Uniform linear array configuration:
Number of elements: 32
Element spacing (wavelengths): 0.75
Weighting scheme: exponential
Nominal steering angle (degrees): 30
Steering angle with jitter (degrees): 28.598
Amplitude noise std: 0.05
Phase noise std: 0.05

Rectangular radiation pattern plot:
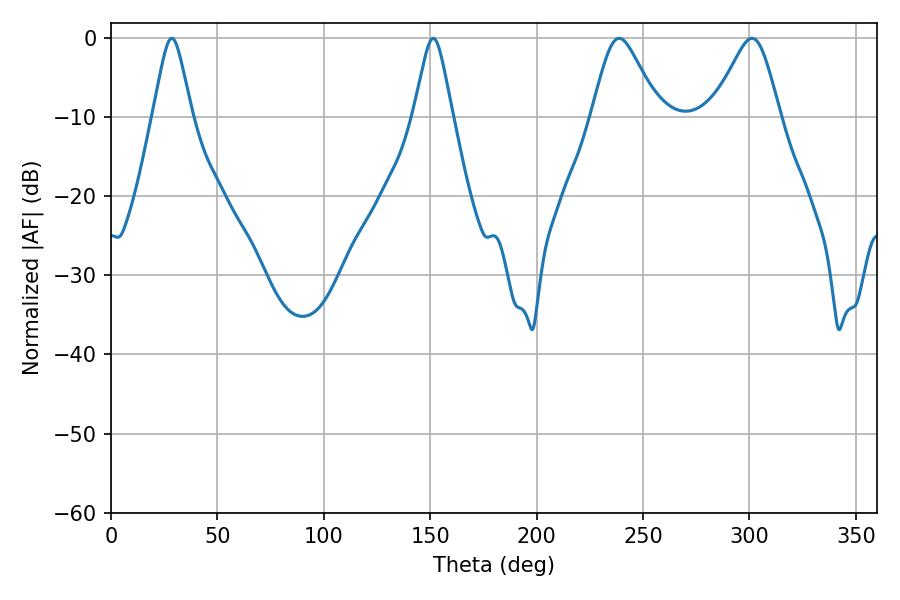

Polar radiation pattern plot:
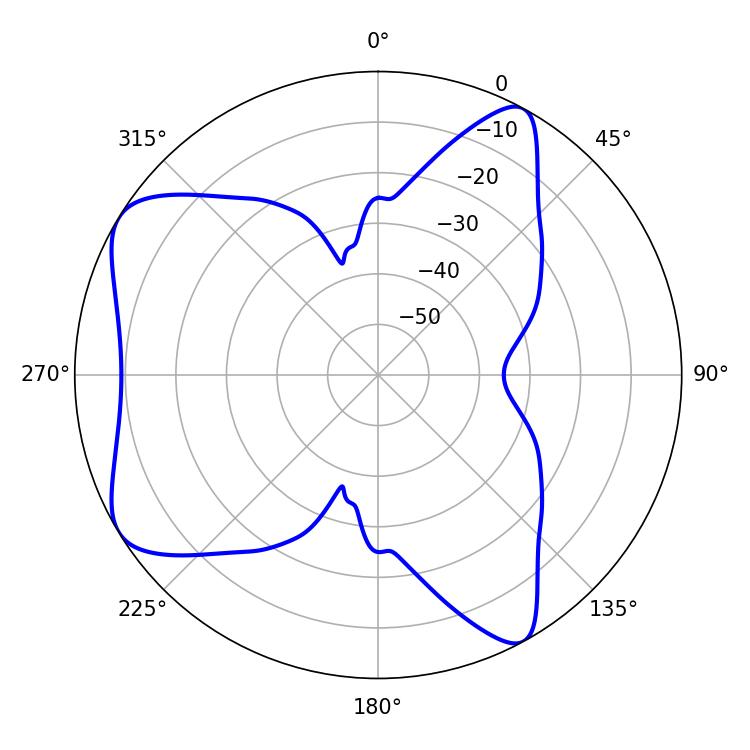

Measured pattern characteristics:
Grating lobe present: TRUE
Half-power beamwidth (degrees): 15.3
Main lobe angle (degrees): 238.86